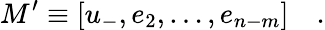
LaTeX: M^{\prime}\equiv\left[u_{-},e_{2},\ldots,e_{n-m}\right]\quad.